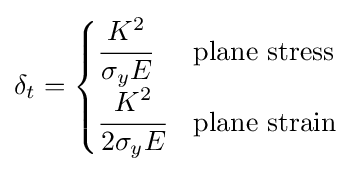
\delta _{t}={\begin{cases}{\cfrac {K^{2}}{\sigma _{y}E}}&{\text{plane stress}}\\{\cfrac {K^{2}}{2\sigma _{y}E}}&{\text{plane strain}}\end{cases}}